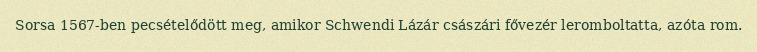
Sorsa 1567-ben pecsételődött meg, amikor Schwendi Lázár császári fővezér leromboltatta, azóta rom.